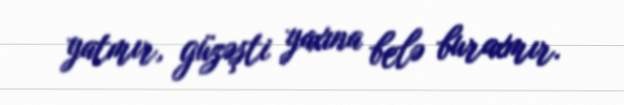
yatmır, güzəşti yaxına belə buraxmır.